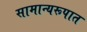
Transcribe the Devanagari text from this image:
सामान्यरूपात